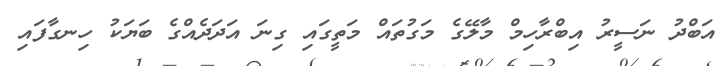
އަބްދު ނަސީރު އިބްރާހިމް މާލޭގެ މަގުތައް މަތީގައި ގިނަ އަދަދެއްގެ ބަޔަކު ހިނގާފައި